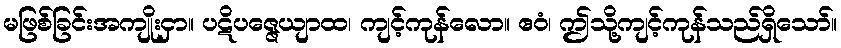
မဖြစ်ခြင်းအကျိုးငှာ။ ပဋိပဇ္ဇေယျာထ၊ ကျင့်ကုန်လော။ ဧဝံ၊ ဤသို့ကျင့်ကုန်သည်ရှိသော်။